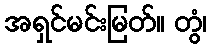
အရှင်မင်းမြတ်။ တွံ၊